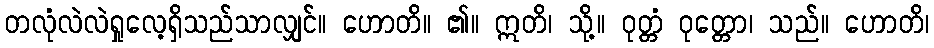
တလုံလဲလဲရှုလေ့ရှိသည်သာလျှင်။ ဟောတိ။ ၏။ ဣတိ၊ သို့။ ဝုတ္တံ ဝုတ္တော၊ သည်။ ဟောတိ၊